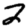
Digit: 2